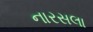
નારસલા